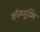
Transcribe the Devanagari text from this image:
कॉम्प्यूटिंग